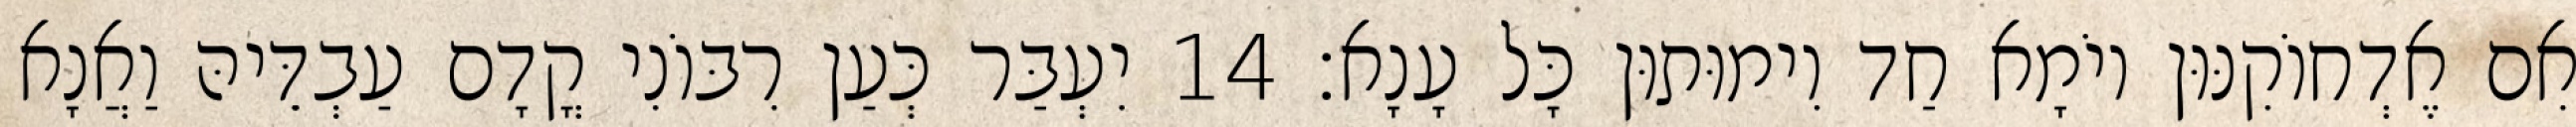
אִם אֶדְחוֹקִנּוּן יוֹמָא חַד וִימוּתוּן כָּל עָנָא׃ 14 יִעְבַּר כְּעַן רִבּוֹנִי קֳדָם עַבְדֵּיהּ וַאֲנָא